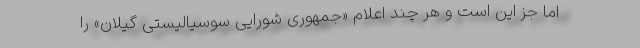
اما جز این است و هر چند اعلام «جمهوری شورایی سوسیالیستی گیلان» را